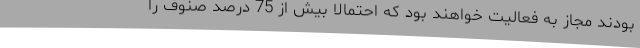
بودند مجاز به فعالیت خواهند بود که احتمالاً بیش از 75 درصد صنوف را